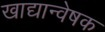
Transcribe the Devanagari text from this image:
खाद्यान्वेषक